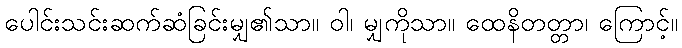
ပေါင်းသင်းဆက်ဆံခြင်းမျှ၏သာ။ ဝါ၊ မျှကိုသာ။ ထေနိတတ္တာ၊ ကြောင့်။